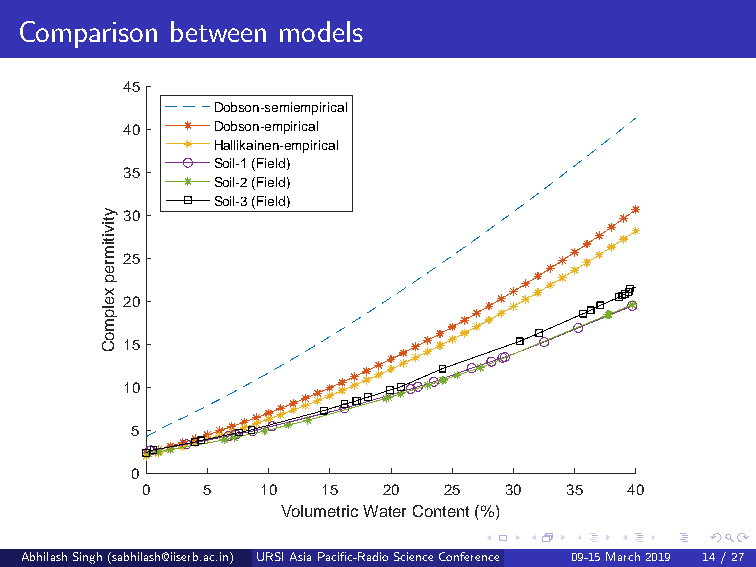
Comparison between models
 TDR measurement Vs Theoretical models
 45
 Dobson-semiempirical
 40    Dobson-empirical
 Hallikainen-empirical
 Soil-1 (Field)
 35
 Soil-2 (Field)
 Soil-3 (Field)
 y30
 tiv
 itim
 re25
 p
 x
 e20
 lp
 m
 o
 C15
 10
 5
 0
 0   5   10  15  20  25  30  35   40
 Volumetric Water Content (%)
 AbhilashSingh(sabhilash@iiserb.ac.in) URSIAsiaPacific-RadioScienceConference 09-15March2019 (De1p4ar/tm2e7ntofEarthandEnvironmentalSciencesIndianInstituteofScienceEducationandResearch,Bhopal,IndianInstituteofRemoteSensing,ISRO,Dehradun Presentedby:AbhilashSingh,DST-INSPIREFellow)